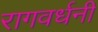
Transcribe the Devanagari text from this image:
रागवर्धनी